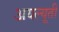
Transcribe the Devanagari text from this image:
अयल्यूती